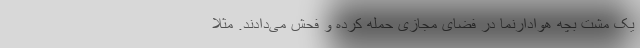
یک مشت بچه هوادارنما در فضای مجازی حمله کرده و فحش می‌دادند. مثلاً